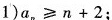
1)$$a _ { n } ≥ n + 2$$；